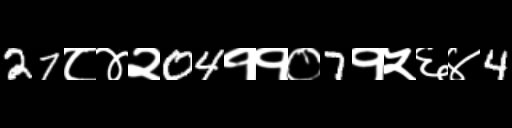
Text: 27८४२04११०7१५६४4